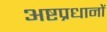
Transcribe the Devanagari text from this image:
अष्टप्रधानों